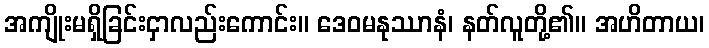
အကျိုးမရှိခြင်းငှာလည်းကောင်း။ ဒေဝမနုဿာနံ၊ နတ်လူတို့၏။ အဟိတာယ၊